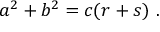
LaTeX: a ^ { 2 } + b ^ { 2 } = c ( r + s ) \ .